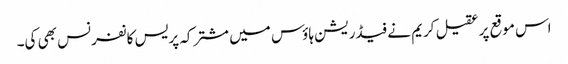
اس موقع پر عقیل کریم نے فیڈریشن ہاؤس میں مشترکہ پریس کانفرنس بھی کی۔